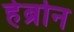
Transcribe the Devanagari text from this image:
हेब्रोन